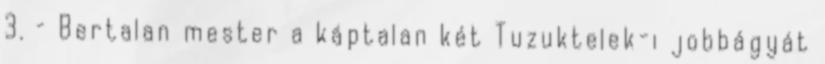
3. – Bertalan mester a káptalan két Tuzuktelek-i jobbágyát